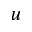
^ Ḋ u Ḍ